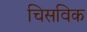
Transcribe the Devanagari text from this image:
चिसविक